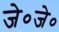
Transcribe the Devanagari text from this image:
जे०जे०